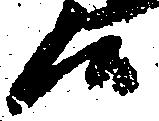
候